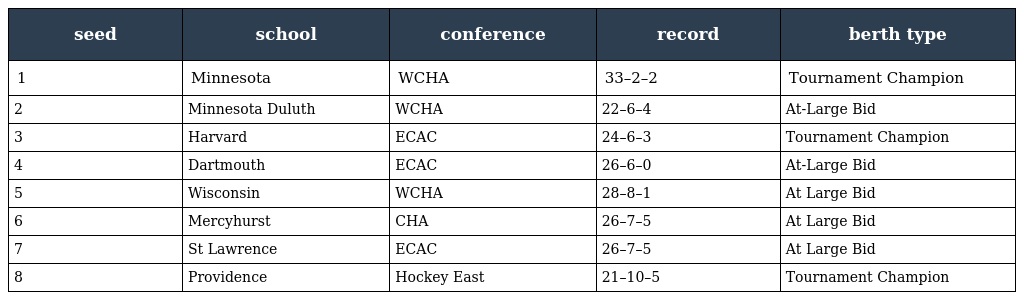
| seed | school | conference | record | berth type |
 | --- | --- | --- | --- | --- |
 | 1 | Minnesota | WCHA | 33–2–2 | Tournament Champion |
 | 2 | Minnesota Duluth | WCHA | 22–6–4 | At-Large Bid |
 | 3 | Harvard | ECAC | 24–6–3 | Tournament Champion |
 | 4 | Dartmouth | ECAC | 26–6–0 | At-Large Bid |
 | 5 | Wisconsin | WCHA | 28–8–1 | At Large Bid |
 | 6 | Mercyhurst | CHA | 26–7–5 | At Large Bid |
 | 7 | St Lawrence | ECAC | 26–7–5 | At Large Bid |
 | 8 | Providence | Hockey East | 21–10–5 | Tournament Champion |